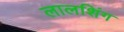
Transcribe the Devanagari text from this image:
लालशिंग